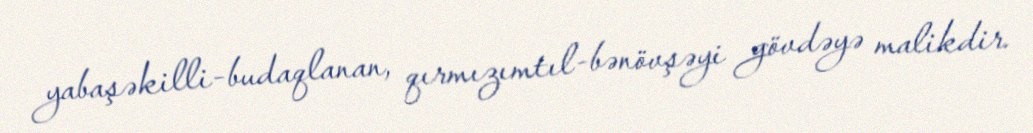
yabaşəkilli-budaqlanan, qırmızımtıl-bənövşəyi gövdəyə malikdir.